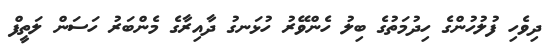
ދިވެހި ފުލުހުންގެ ހިދުމަތުގެ ބިލު ހެންވޭރު ހުޅަނގު ދާއިރާގެ މެންބަރު ހަސަން ލަތީފް